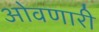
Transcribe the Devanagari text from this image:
ओवणारी